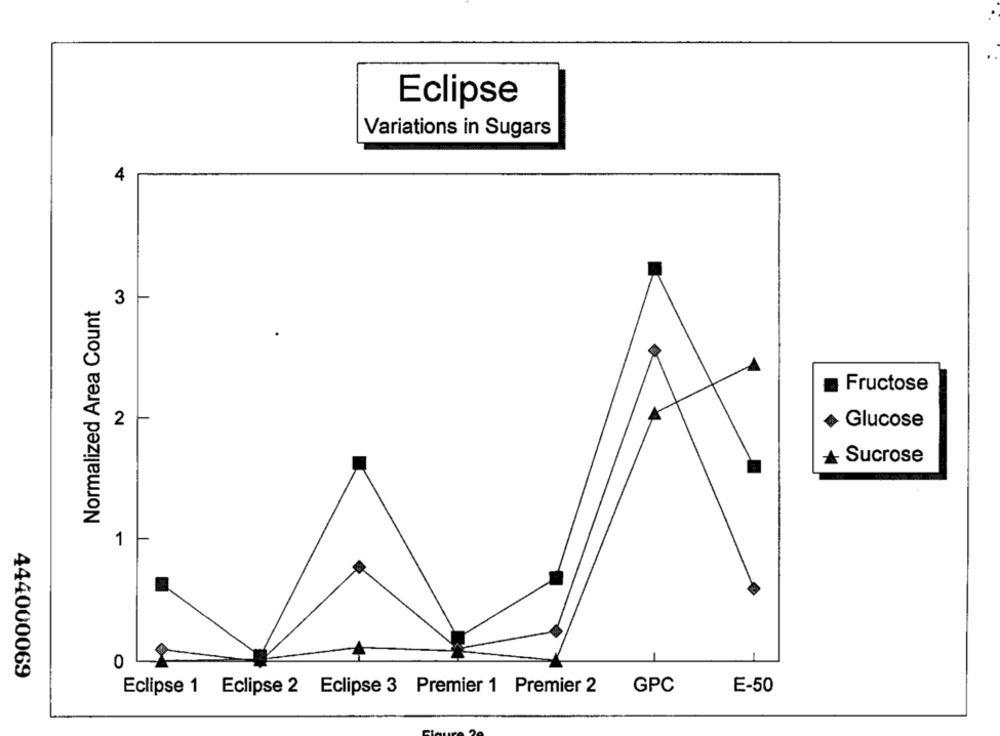
Eclipse
Variations in Sugars
4
3
Normalized Area Count
Fructose
2
Glucose
Sucrose
1
0
444000069
Eclipse 1 Eclipse 2 Eclipse 3 Premier 1 Premier 2 GPC
E-50